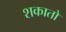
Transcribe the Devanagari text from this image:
शकातो